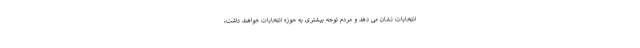
انتخابات نشان می دهد و مردم توجه بیشتری به حوزه انتخابات خواهند داشت،